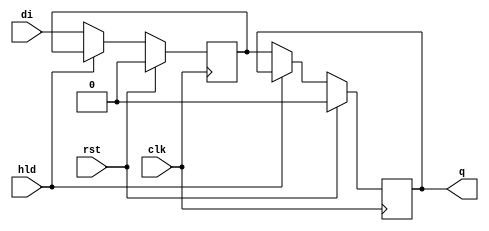
module top(input clk, rst, input di, input hld, output reg q = 0);

reg q1 = 0;

always @(posedge clk) begin
	if (rst) begin
		q <= 0;
    q1 <= 0;
	end else begin
    if (~hld) begin
      q <= q1;
      q1 <= di;
    end
  end
end

endmodule